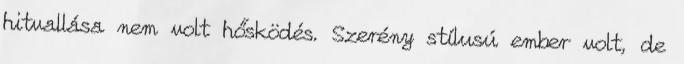
hitvallása nem volt hősködés. Szerény stílusú ember volt, de